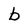
Character: b